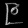
Digit: ၉